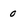
Character: 0